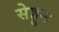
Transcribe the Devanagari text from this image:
सेहून